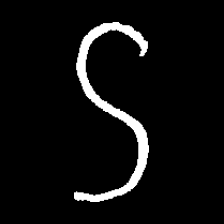
Pyu character \u2014 Myanmar letter: ဌ (romanized: ttha)